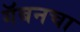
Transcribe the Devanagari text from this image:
गॅबनचा